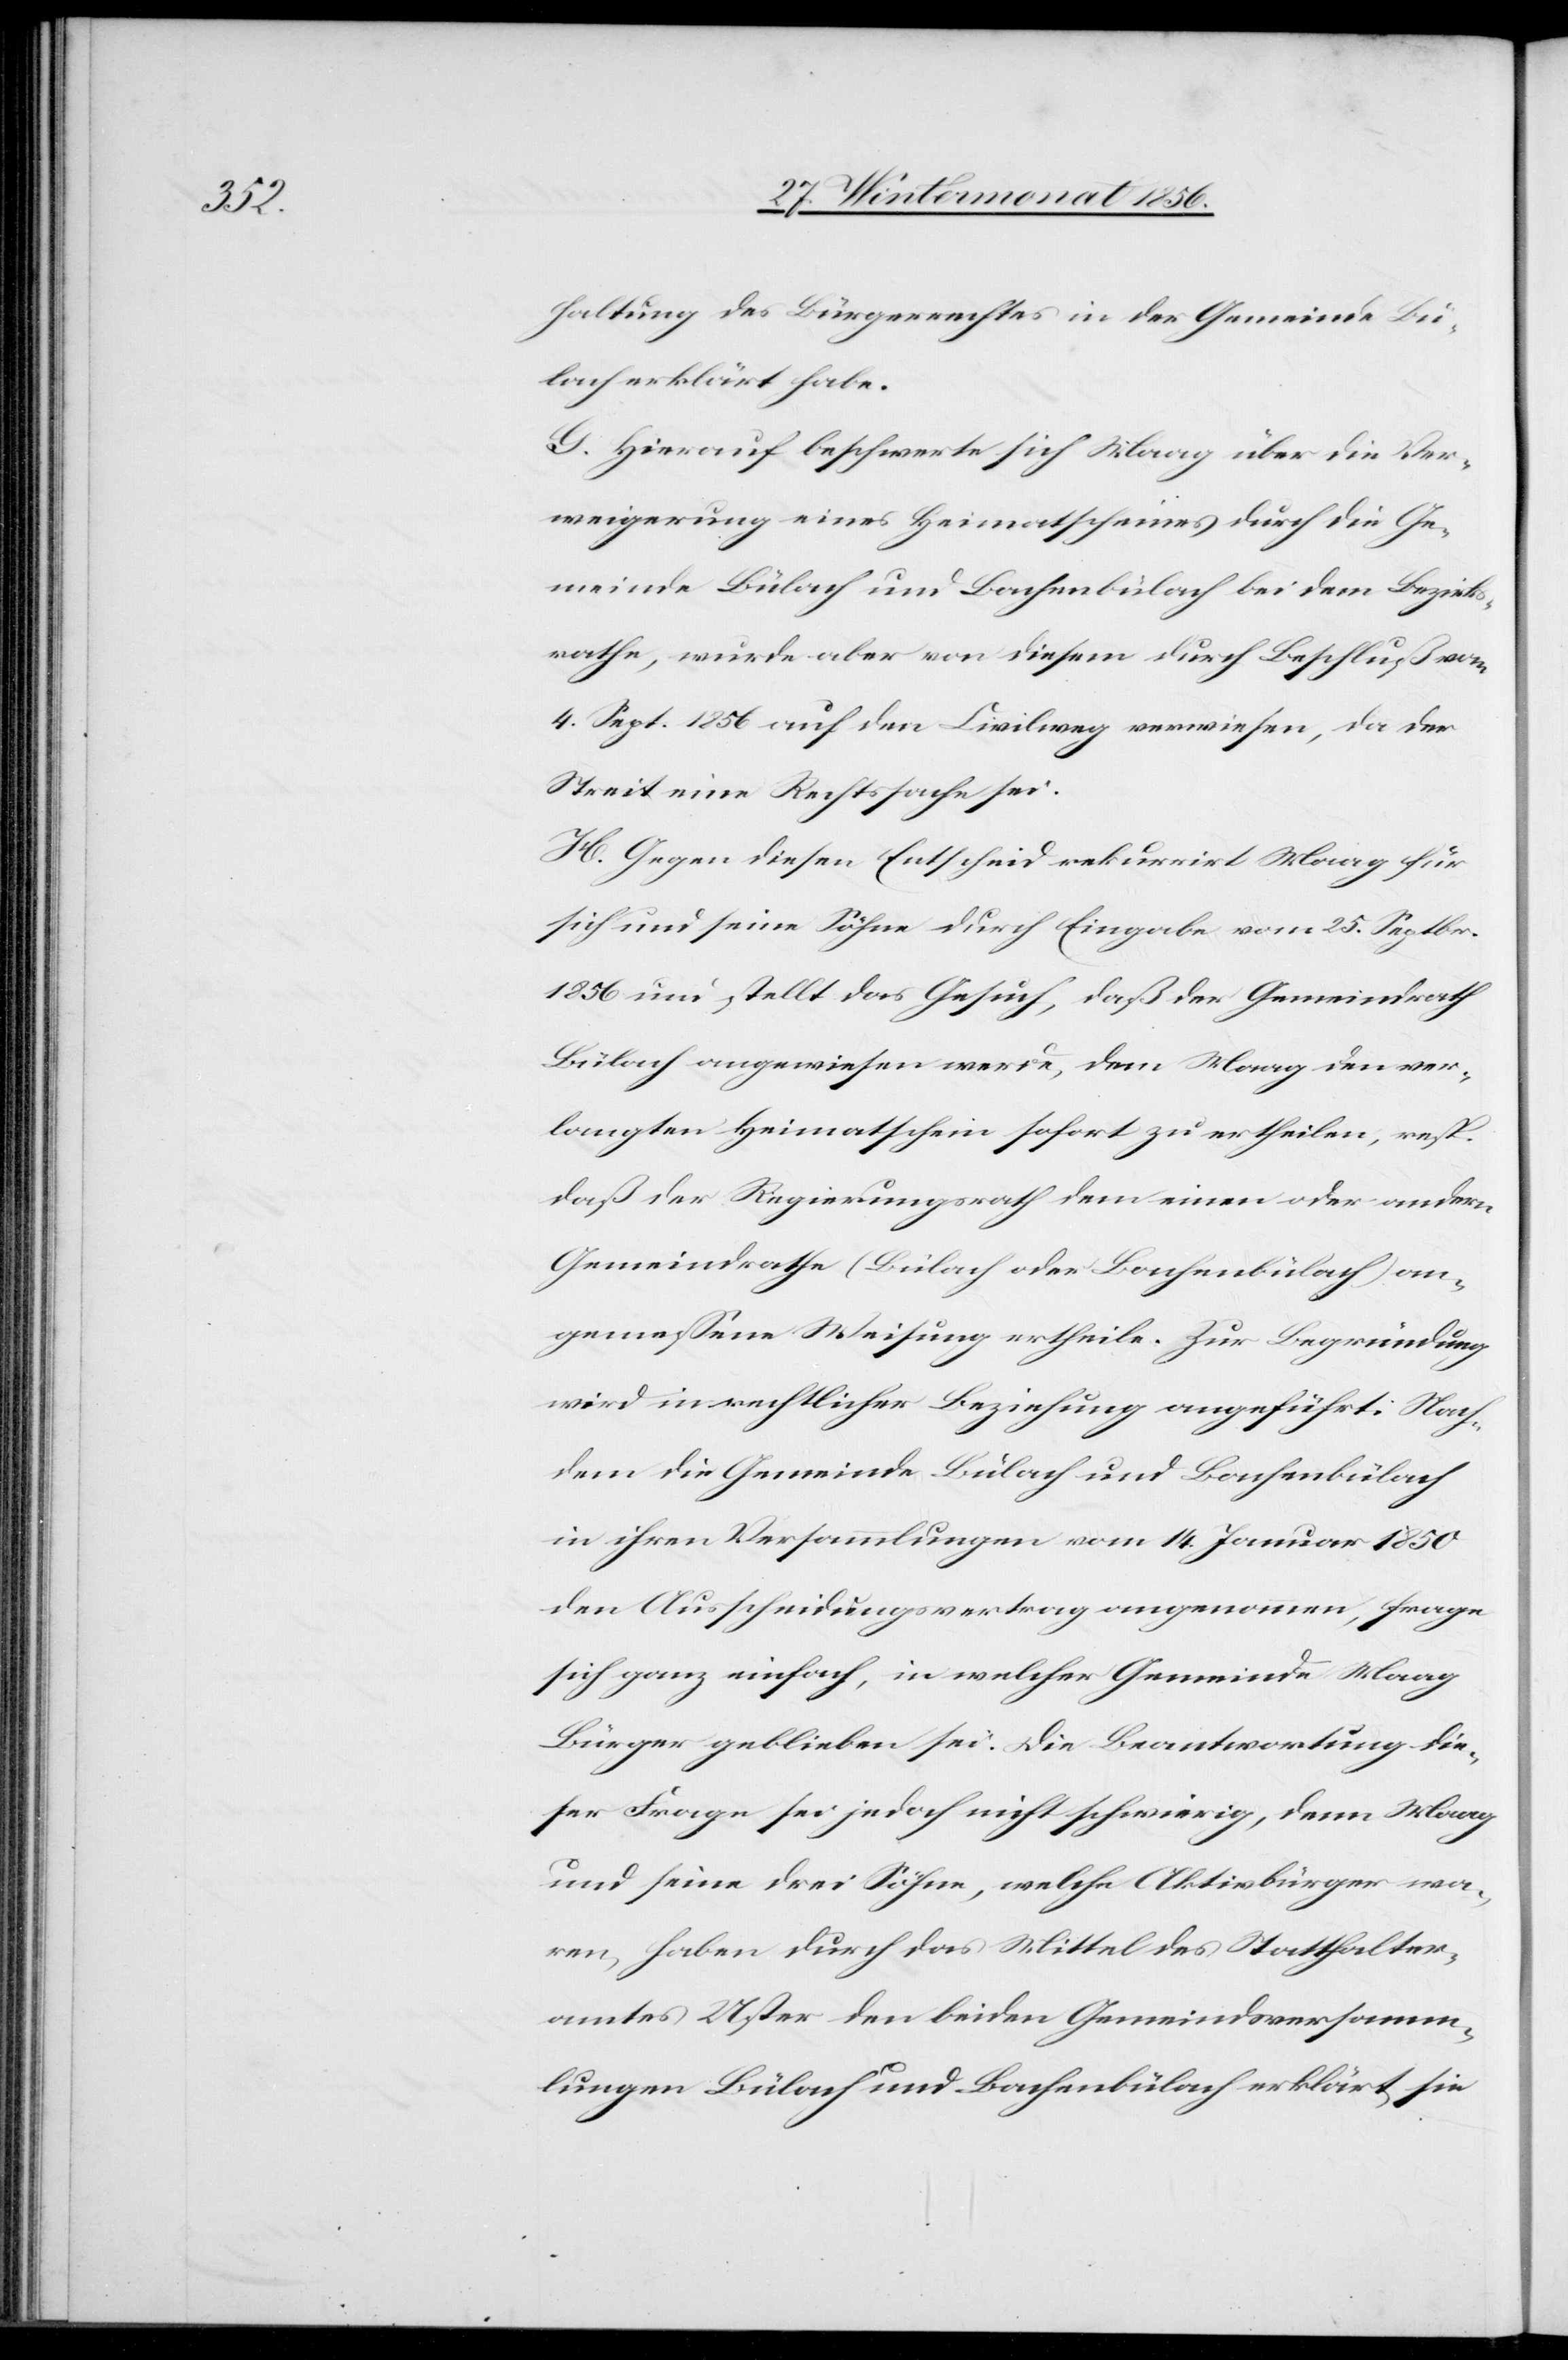
haltung des Bürgerrechtes in der Gemeinde Bü¬
lach erklärt habe.
G. Hierauf beschwerte sich Maag über die Ver¬
weigerung eines Heimatscheines durch die Ge¬
meinde Bülach und Bachenbülach bei dem Bezirks¬
rathe, wurde aber von diesem durch Beschluß vom
4. Sept. 1856 auf den Civilweg verwiesen, da der
Streit eine Rechtssache sei.
H. Gegen diesen Entscheid rekurrirt Maag für
sich und seine Söhne durch Eingabe vom 25. Septbr.
1856 und stellt das Gesuch, daß der Gemeindrath
Bülach angewiesen werde, dem Maag den ver¬
langten Heimatschein sofort zu ertheilen, resp.
daß der Regierungsrath dem einen oder andern
Gemeindrathe (Bülach oder Bachenbülach) an¬
gemessene Weisung ertheile. Zur Begründung
wird in rechtlicher Beziehung angeführt: Nach¬
dem die Gemeinde Bülach und Bachenbülach
in ihren Versammlungen vom 14. Januar 1850
den Ausscheidungsvertrag angenommen, frage
sich ganz einfach, in welcher Gemeinde Maag
Bürger geblieben sei. Die Beantwortung die¬
ser Frage sei jedoch nicht schwierig, denn Maag
und seine drei Söhne, welche Aktivbürger wa¬
ren, haben durch das Mittel des Statthalter¬
amtes Uster den beiden Gemeindsversamm¬
lungen Bülach und Bachenbülach erklärt, sie